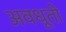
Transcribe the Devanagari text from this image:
अवधूतो